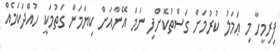
ފިރިމީހާ މި ޢަމަލު ކުރުމަށް ގަސްތުކޮށްފި ނަމަ އޭނާއަށް ކިޔަމަން ގަތުމަކީ ހުއްދަކަމެއް